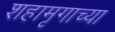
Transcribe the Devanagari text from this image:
शहामृगाच्या